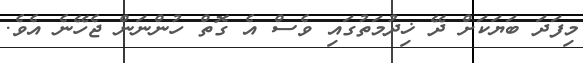
މިފަދަ ބަޔަކަށް ދޭ ޚިދުމަތުގައި ވެސް އެ ގޮތް ހުންނަން ޖެހޭނެ އެވެ.